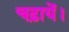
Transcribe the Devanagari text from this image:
चढ़ायें।